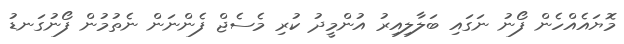
މޮޔައެއްހެން ފޯނު ނަގައި ބަލާލިއިރު އުންމީދު ކުރި މެސެޖް ފެންނަން ނެތުމުން ފޯނުގަނޑު